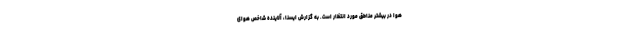
هوا در بیشتر مناطق مورد انتظار است. به گزارش ایسنا، آلاینده شاخص هوای